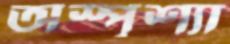
অস্পৃশ্যা